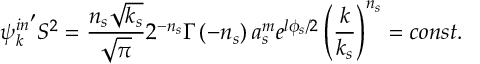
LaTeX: { { \psi } _ { k } ^ { i n } } ^ { \prime } S ^ { 2 } = \frac { n _ { s } \sqrt { k _ { s } } } { \sqrt { \pi } } 2 ^ { - n _ { s } } \Gamma \left( - n _ { s } \right) a _ { s } ^ { m } e ^ { l \phi _ { s } / 2 } \left( \frac k { k _ { s } } \right) ^ { n _ { s } } = c o n s t .